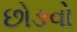
છોઙવો